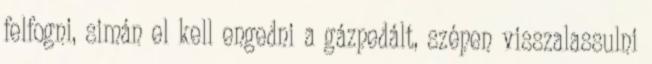
felfogni, simán el kell engedni a gázpedált, szépen visszalassulni